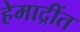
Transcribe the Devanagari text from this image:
हेमाद्रींत